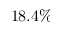
1 8 . 4 \%